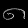
Digit: ၈